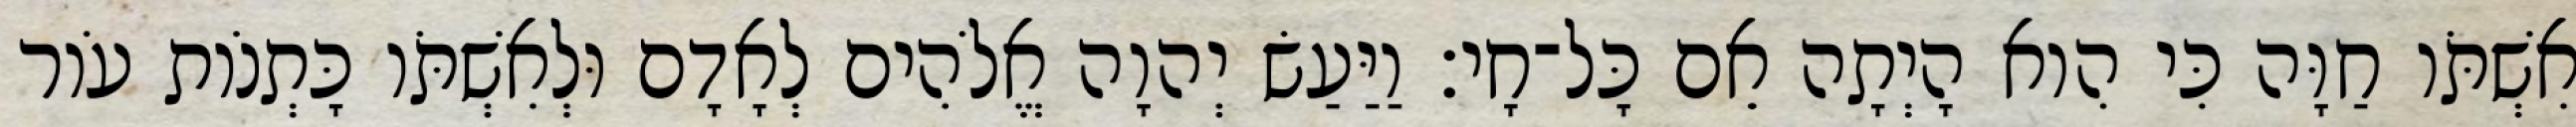
אִשְׁתֹּו חַוָּה כִּי הִוא הָיְתָה אֵם כָּל־חָי׃ וַיַּעַשׂ יְהוָה אֱלֹהִים לְאָדָם וּלְאִשְׁתֹּו כָּתְנֹות עֹור